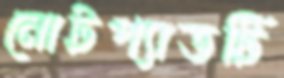
নোটপ্যাডটি